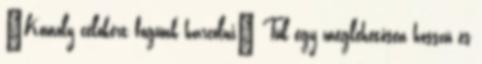
"Komoly célokért fogunk harcolni" Túl egy meglehetősen hosszú és